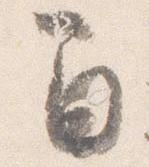
間